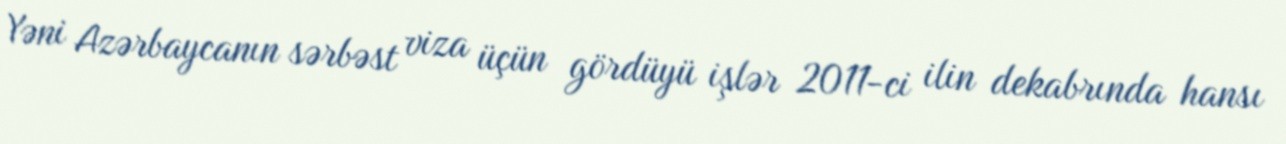
Yəni Azərbaycanın sərbəst viza üçün gördüyü işlər 2011-ci ilin dekabrında hansı